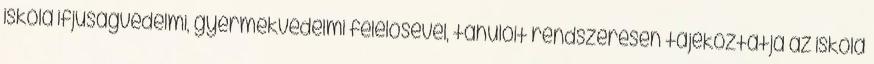
iskola ifjúságvédelmi, gyermekvédelmi felelősével, tanulóit rendszeresen tájékoztatja az iskola